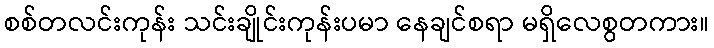
စစ်တလင်းကုန်း သင်းချိုင်းကုန်းပမာ နေချင်စရာ မရှိလေစွတကား။